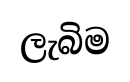
ලැබිම